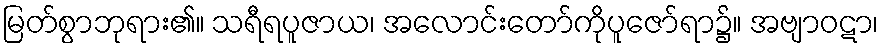
မြတ်စွာဘုရား၏။ သရီရပူဇာယ၊ အလောင်းတော်ကိုပူဇော်ရာ၌။ အဗျာဝဋာ၊